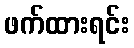
ဖက်ထားရင်း